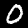
Digit: 0